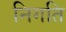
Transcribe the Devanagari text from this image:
निगति